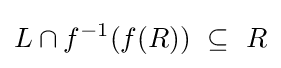
L\cap f^{-1}(f(R))~\subseteq ~R